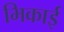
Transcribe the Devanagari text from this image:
भिकाई